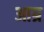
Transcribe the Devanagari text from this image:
आग्र